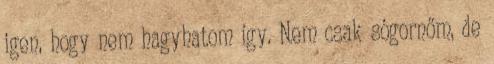
igen, hogy nem hagyhatom így. Nem csak sógornőm, de